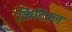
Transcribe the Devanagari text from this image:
क्रिटिक्ल